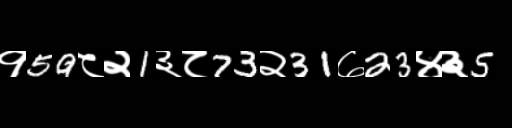
Text: १59८२1३८73२31७23४३5